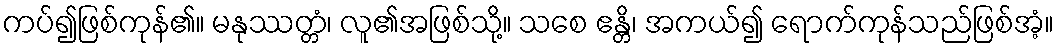
ကပ်၍ဖြစ်ကုန်၏။ မနုဿတ္တံ၊ လူ၏အဖြစ်သို့။ သစေ ဧန္တိ၊ အကယ်၍ ရောက်ကုန်သည်ဖြစ်အံ့။